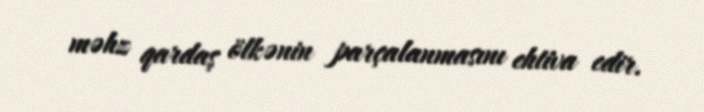
məhz qardaş ölkənin parçalanmasını ehtiva edir.